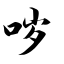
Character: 哕